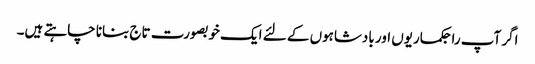
اگر آپ راجکماریوں اور بادشاہوں کے لئے ایک خوبصورت تاج بنانا چاہتے ہیں۔